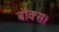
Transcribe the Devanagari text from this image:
बॉक्स।